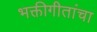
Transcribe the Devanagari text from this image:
भक्तीगीतांचा